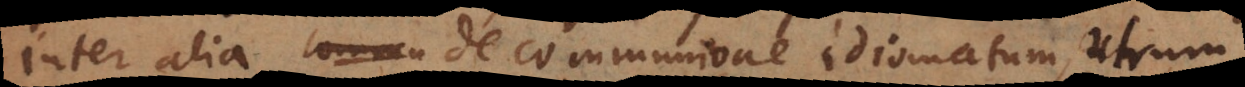
Inter alia de communi[cati]one idiomatum, utrum